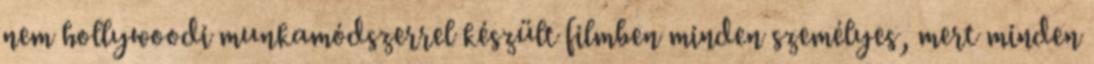
nem hollywoodi munkamódszerrel készült filmben minden személyes, mert minden